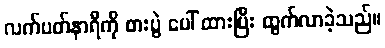
လက်ပတ်နာရီကို စားပွဲ ပေါ် ထားပြီး ထွက်လာခဲ့သည်။